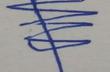
Signature authenticity: genuine